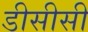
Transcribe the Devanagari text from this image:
डीसीसी